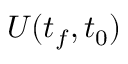
U ( t _ { f } , t _ { 0 } )